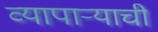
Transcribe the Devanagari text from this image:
व्यापार्‍याची